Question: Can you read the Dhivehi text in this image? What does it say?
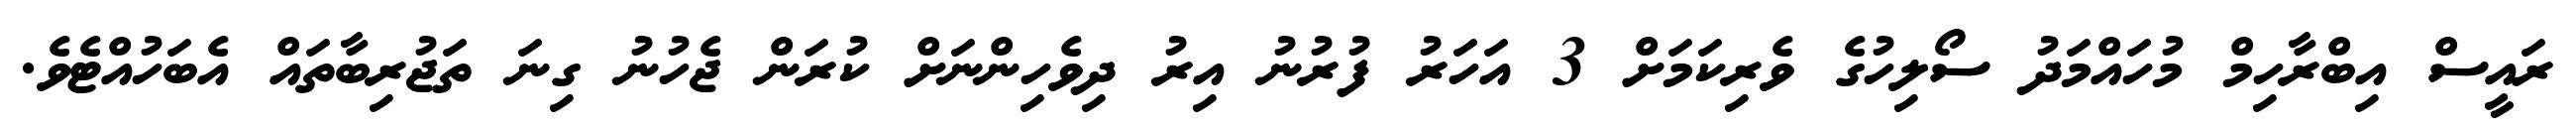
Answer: ރައީސް އިބްރާހިމް މުހައްމަދު ސޯލިހުގެ ވެރިކަމަށް 3 އަހަރު ފުރުނު އިރު ދިވެހިންނަށް ކުރަން ޖެހުނު ގިނަ ތަޖުރިބާތައް އެބަހުއްޓެވެ.